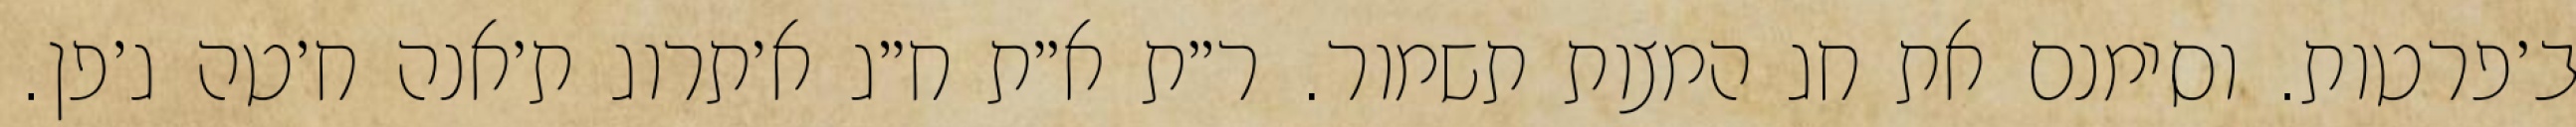
ב׳פרטות. וסימנם את חג המצות תשמור. ר״ת א״ת ח״ג א׳תרוג ת׳אנה ח׳טה ג׳פן.